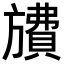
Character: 𪰂